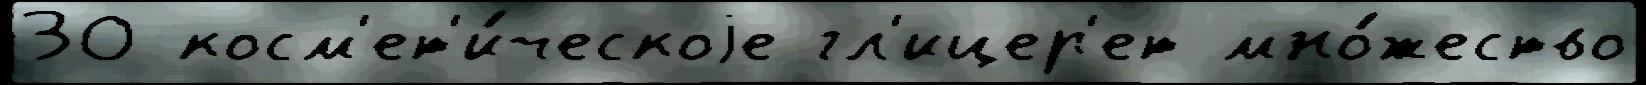
30 косм'ет'и́ческоjе гл'ицер'ет мно́жество